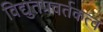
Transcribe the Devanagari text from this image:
विद्युतप्रवर्तकत्व